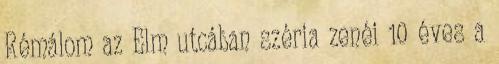
Rémálom az Elm utcában széria zenéi 10 éves a